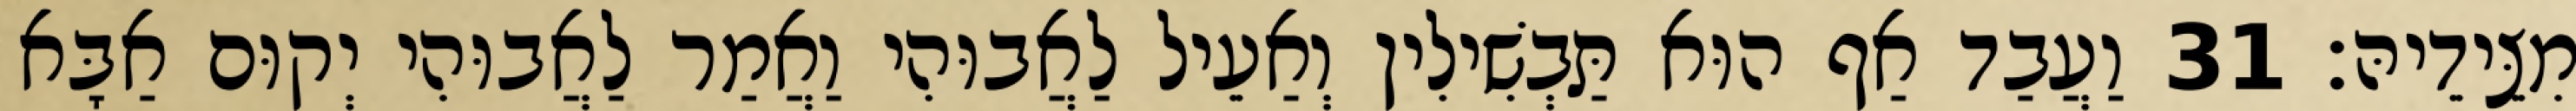
מִצֵּידֵיהּ׃ 31 וַעֲבַד אַף הוּא תַּבְשִׁילִין וְאַעֵיל לַאֲבוּהִי וַאֲמַר לַאֲבוּהִי יְקוּם אַבָּא